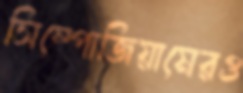
সিম্পোজিয়ামেরও